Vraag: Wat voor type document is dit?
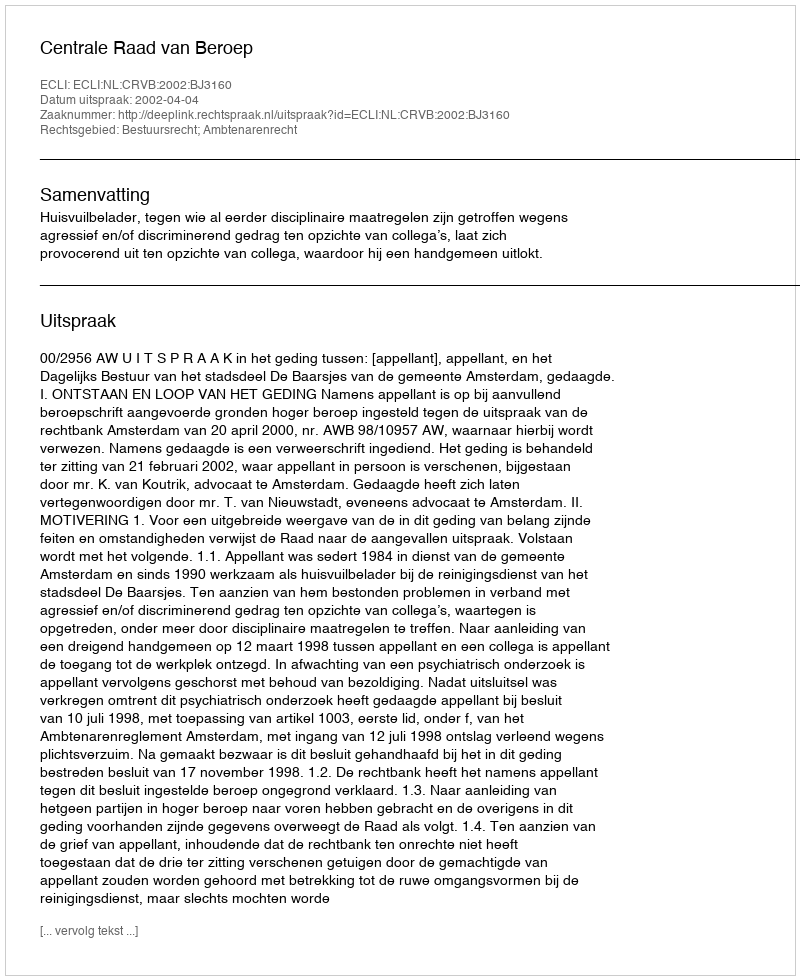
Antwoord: Uitspraak